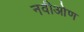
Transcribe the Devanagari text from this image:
नवीओण